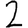
Digit: 2